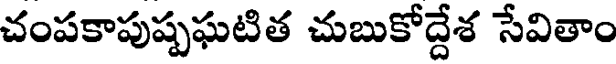
చంపకాపుష్పఘటిత చుబుకోద్దేశ సేవితాం